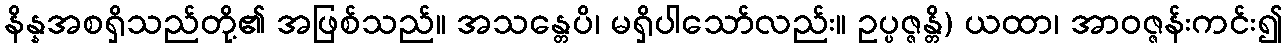
နိန္နအစရှိသည်တို့၏ အဖြစ်သည်။ အသန္တေပိ၊ မရှိပါသော်လည်း။ ဥပ္ပဇ္ဇန္တိ) ယထာ၊ အာဝဇ္ဇန်းကင်း၍